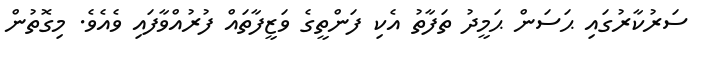
ސަރުކާރުގައި ޙަސަން ޙަމީދު ތަފާތު އެކި ފަންތީގެ ވަޒީފާތައް ފުރުއްވާފައި ވެއެވެ. މިގޮތުން